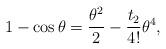
LaTeX: \begin{align*}1-\cos\theta=\frac{\theta^2}2-\frac{t_2}{4!}\theta^4,\end{align*}